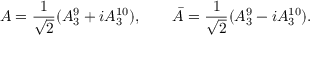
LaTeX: A = { \frac { 1 } { \sqrt 2 } } ( A _ { 3 } ^ { 9 } + i A _ { 3 } ^ { 1 0 } ) , \qquad \bar { A } = { \frac { 1 } { \sqrt 2 } } ( A _ { 3 } ^ { 9 } - i A _ { 3 } ^ { 1 0 } ) .